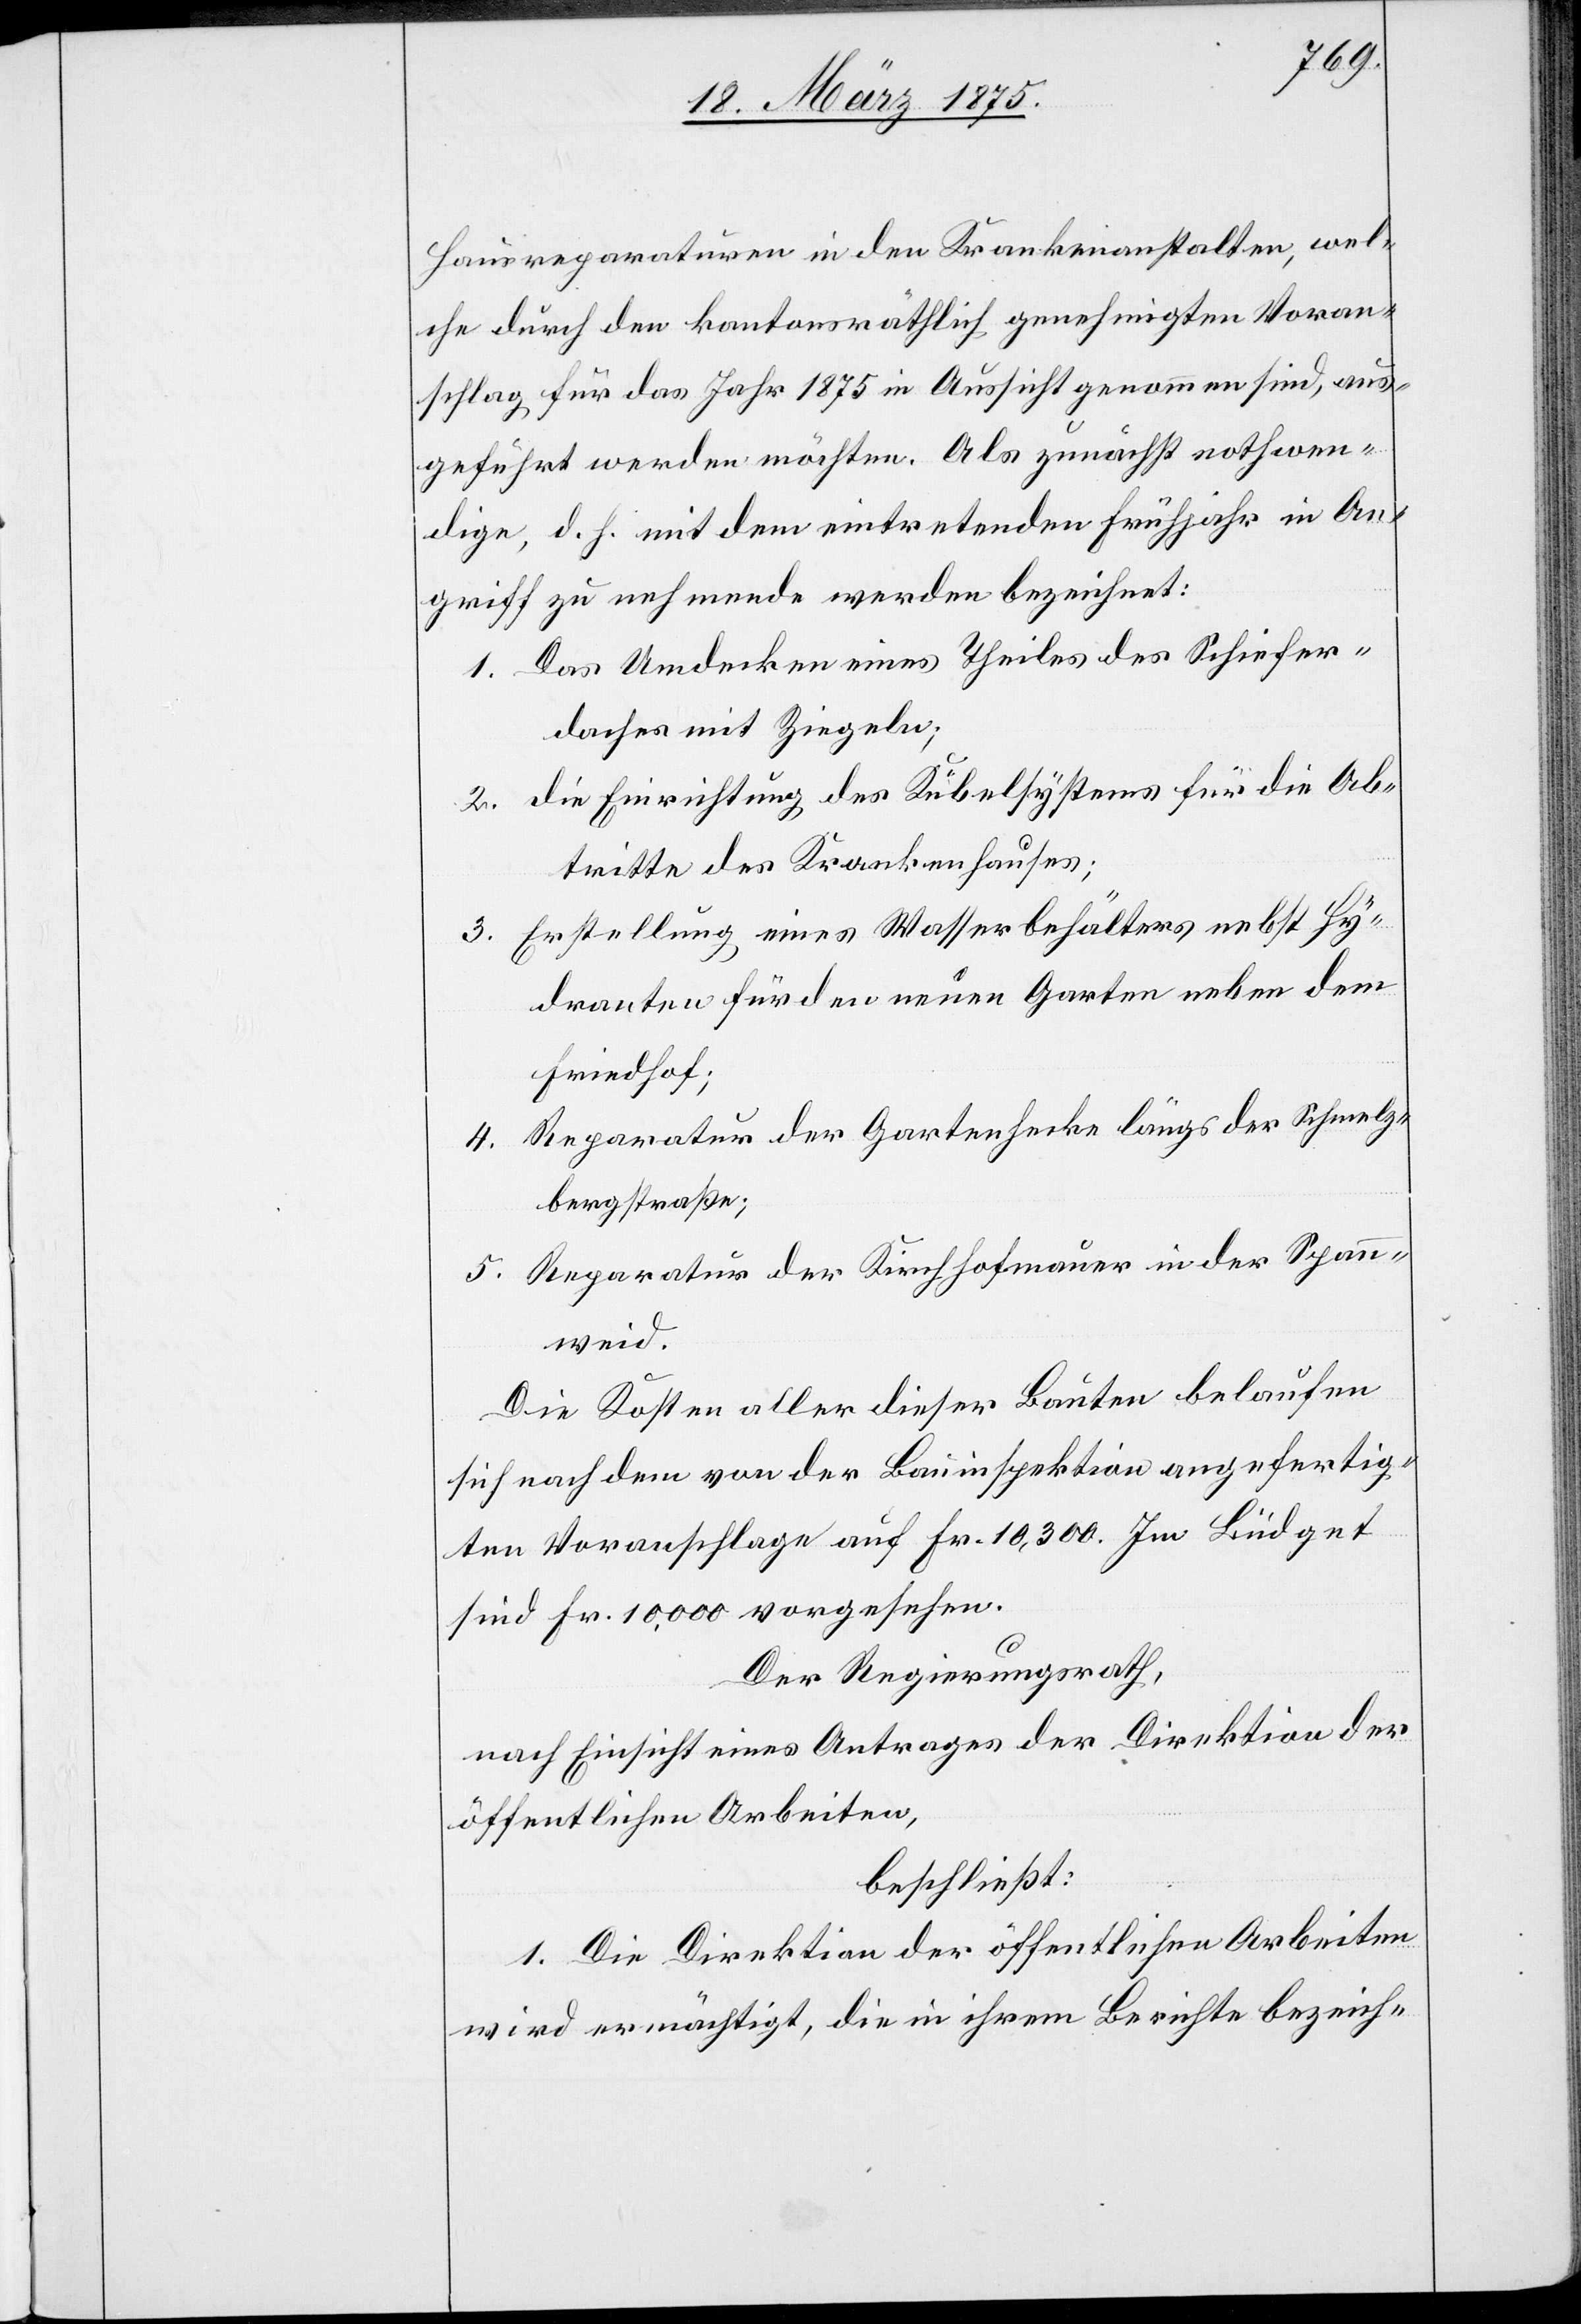
Hausreparaturen in den Krankenanstalten, wel¬
che durch den kantonsräthlich genehmigten Voran¬
schlag für das Jahr 1875 in Aussicht genommen sind, aus¬
geführt werden möchten. Als zunächst nothwen¬
dige, d. h. mit dem eintretenden Frühjahr in An¬
griff zu nehmende werden bezeichnet:
Das Umdecken eines Theiles des Schiefer¬
1.
daches mit Ziegeln;
die Einrichtung des Kübelsystems für die Ab¬
2.
tritte des Krankenhauses;
3. Erstellung eines Wasserbehälters nebst Hy¬
dranten für den neuen Garten neben dem
Friedhof.
4. Reparatur der Gartenhecke längs der Schmalz¬
bergstraße;
Reparatur der Kirchhofmauer in der Span¬
5.
nweid.
Die Kosten aller dieser Bauten belaufen
sich nach dem von der Bauinspektion angefertig¬
ten Voranschlage auf Fr. 10,300. Im Büdget
sind Fr. 10,000 vorgesehen.
Der Regierungsrath,
nach Einsicht eines Antrages der Direktion der
öffentlichen Arbeiten,
beschließt:
1. Die Direktion der öffentlichen Arbeiten
wird ermächtigt, die in ihrem Berichte bezeich-